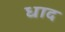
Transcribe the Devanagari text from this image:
धाद